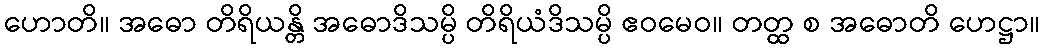
ဟောတိ။ အဓော တိရိယန္တိ အဓောဒိသမ္ပိ တိရိယံဒိသမ္ပိ ဧဝမေဝ။ တတ္ထ စ အဓောတိ ဟေဋ္ဌာ။